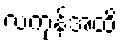
လကုန်အထိ